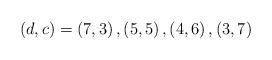
LaTeX: \begin{align*}(d,c)=\left( 7,3\right) ,\left( 5,5\right) ,\left( 4,6\right) ,\left(3,7\right)\end{align*}